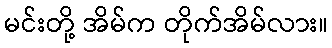
မင်းတို့ အိမ်က တိုက်အိမ်လား။